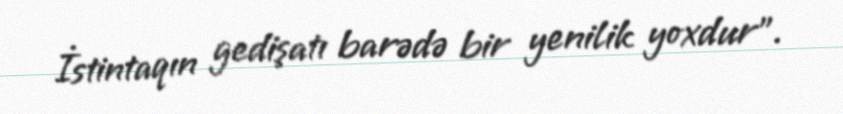
İstintaqın gedişatı barədə bir yenilik yoxdur”.